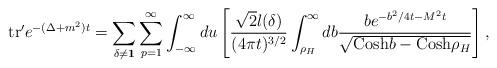
LaTeX: \begin{align*}{\rm tr}' e^{-(\Delta+m^2)t} = \sum_{\delta \neq {\bf 1}} \sum_{p=1}^{\infty} \int_{-\infty}^{\infty} du \left [ {{ {\sqrt{2}} l(\delta) }\over{(4\pi t)^{3/2}}} \int_{\rho_H}^\infty db {{ b e^{-b^2/4t - M^2 t} }\over{ {\sqrt{ {\rm Cosh} b - {\rm Cosh} \rho_H }} }} \right ] ,\end{align*}